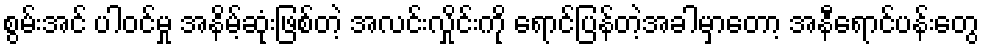
စွမ်းအင် ပါဝင်မှု အနိမ့်ဆုံးဖြစ်တဲ့ အလင်းလှိုင်းကို ရောင်ပြန်တဲ့အခါမှာတော့ အနီရောင်ပန်းတွေ